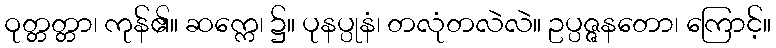
ဝုတ္တတ္တာ၊ ကုန်၏။ ဆက္ကေ၊ ၌။ ပုနပ္ပုနံ၊ တလုံတလဲလဲ။ ဥပ္ပဇ္ဇနတော၊ ကြောင့်။